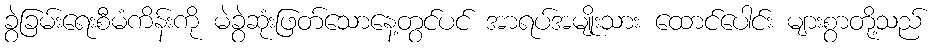
ခွဲခြမ်းရေးစီမံကိန်းကို မဲခွဲဆုံးဖြတ်သောနေ့တွင်ပင် အာရပ်အမျိုးသား ထောင်ပေါင်း များစွာတို့သည်